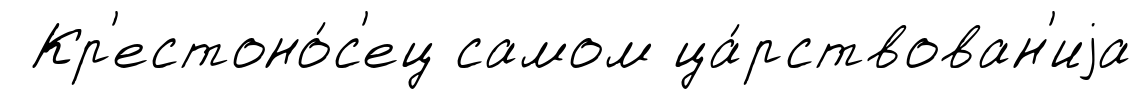
Кр'естоно́с'ец самом ца́рствован'иjа